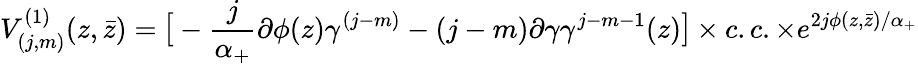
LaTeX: V_{(j,m)}^{(1)}(z,\bar{z})={\large[}-\frac{j}{\alpha_{+}}\partial\phi(z)\gamma^{(j-m)}-(j-m)\partial\gamma\gamma^{j-m-1}(z){\large]}\times c.c.\times e^{2j\phi(z,\bar{z})/\alpha_{+}}